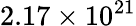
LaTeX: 2.17\times 10^{21}